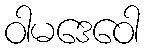
ဝါမဒေဝေါ